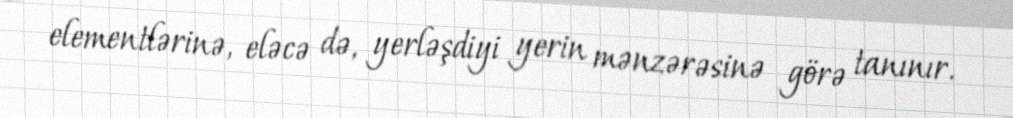
elementlərinə, eləcə də, yerləşdiyi yerin mənzərəsinə görə tanınır.